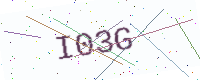
Text: I03G